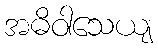
အဓိဝါသေယျ